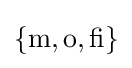
\mathbf {\{\operatorname {m} ,\operatorname {o} ,\operatorname {fi} \}}